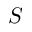
\boldsymbol { S }